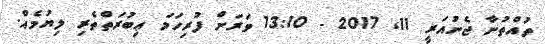
ތުއްތުނާ ޖެނުއަރީ 11